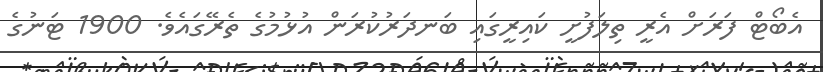
އެބޯޓް ފަރަށް އެރީ ތިލަފުށީ ކައިރީގައި ބަނދަރުކުރަން އުޅުމުގެ ތެރޭގައެވެ. 1900 ޓަނުގެ